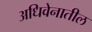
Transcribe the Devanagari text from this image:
अधिवेनातील